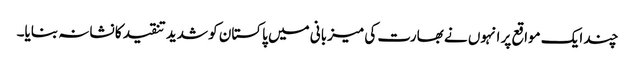
چند ایک مواقع پر انہوں نے بھارت کی میزبانی میں پاکستان کو شدید تنقید کا نشانہ بنایا۔